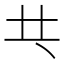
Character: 𠀖